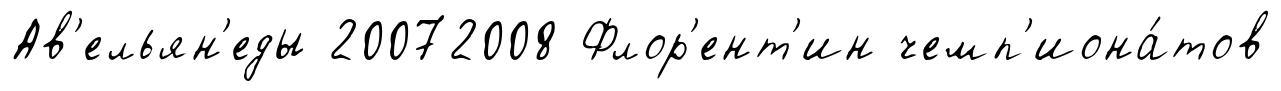
Ав'ельян'еды 20072008 Флор'ент'ин чемп'иона́тов